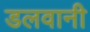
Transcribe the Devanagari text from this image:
डलवानी